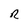
Character: R